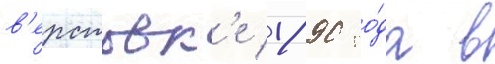
в'ерстовк'е 1890 го́да в